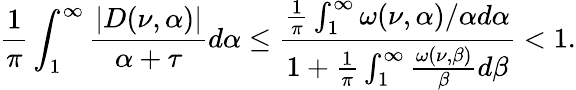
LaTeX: \frac{1}{\pi}\int_{1}^{\infty}\frac{|D(\nu,\alpha)|}{\alpha+\tau}d\alpha\leq\frac{\frac{1}{\pi}\int_{1}^{\infty}\omega(\nu,\alpha)/\alpha d\alpha}{1+\frac{1}{\pi}\int_{1}^{\infty}\frac{\omega(\nu,\beta)}{\beta}d\beta}<1.